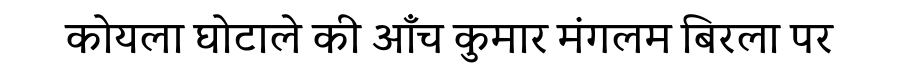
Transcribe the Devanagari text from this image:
कोयला घोटाले की आँच कुमार मंगलम बिरला पर